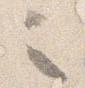
之